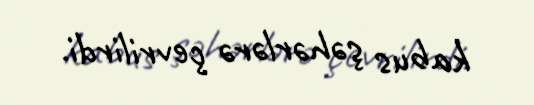
kabus şəhərlərə çevrilirdi.